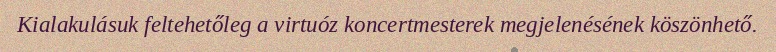
Kialakulásuk feltehetőleg a virtuóz koncertmesterek megjelenésének köszönhető.